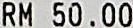
RM 50.00